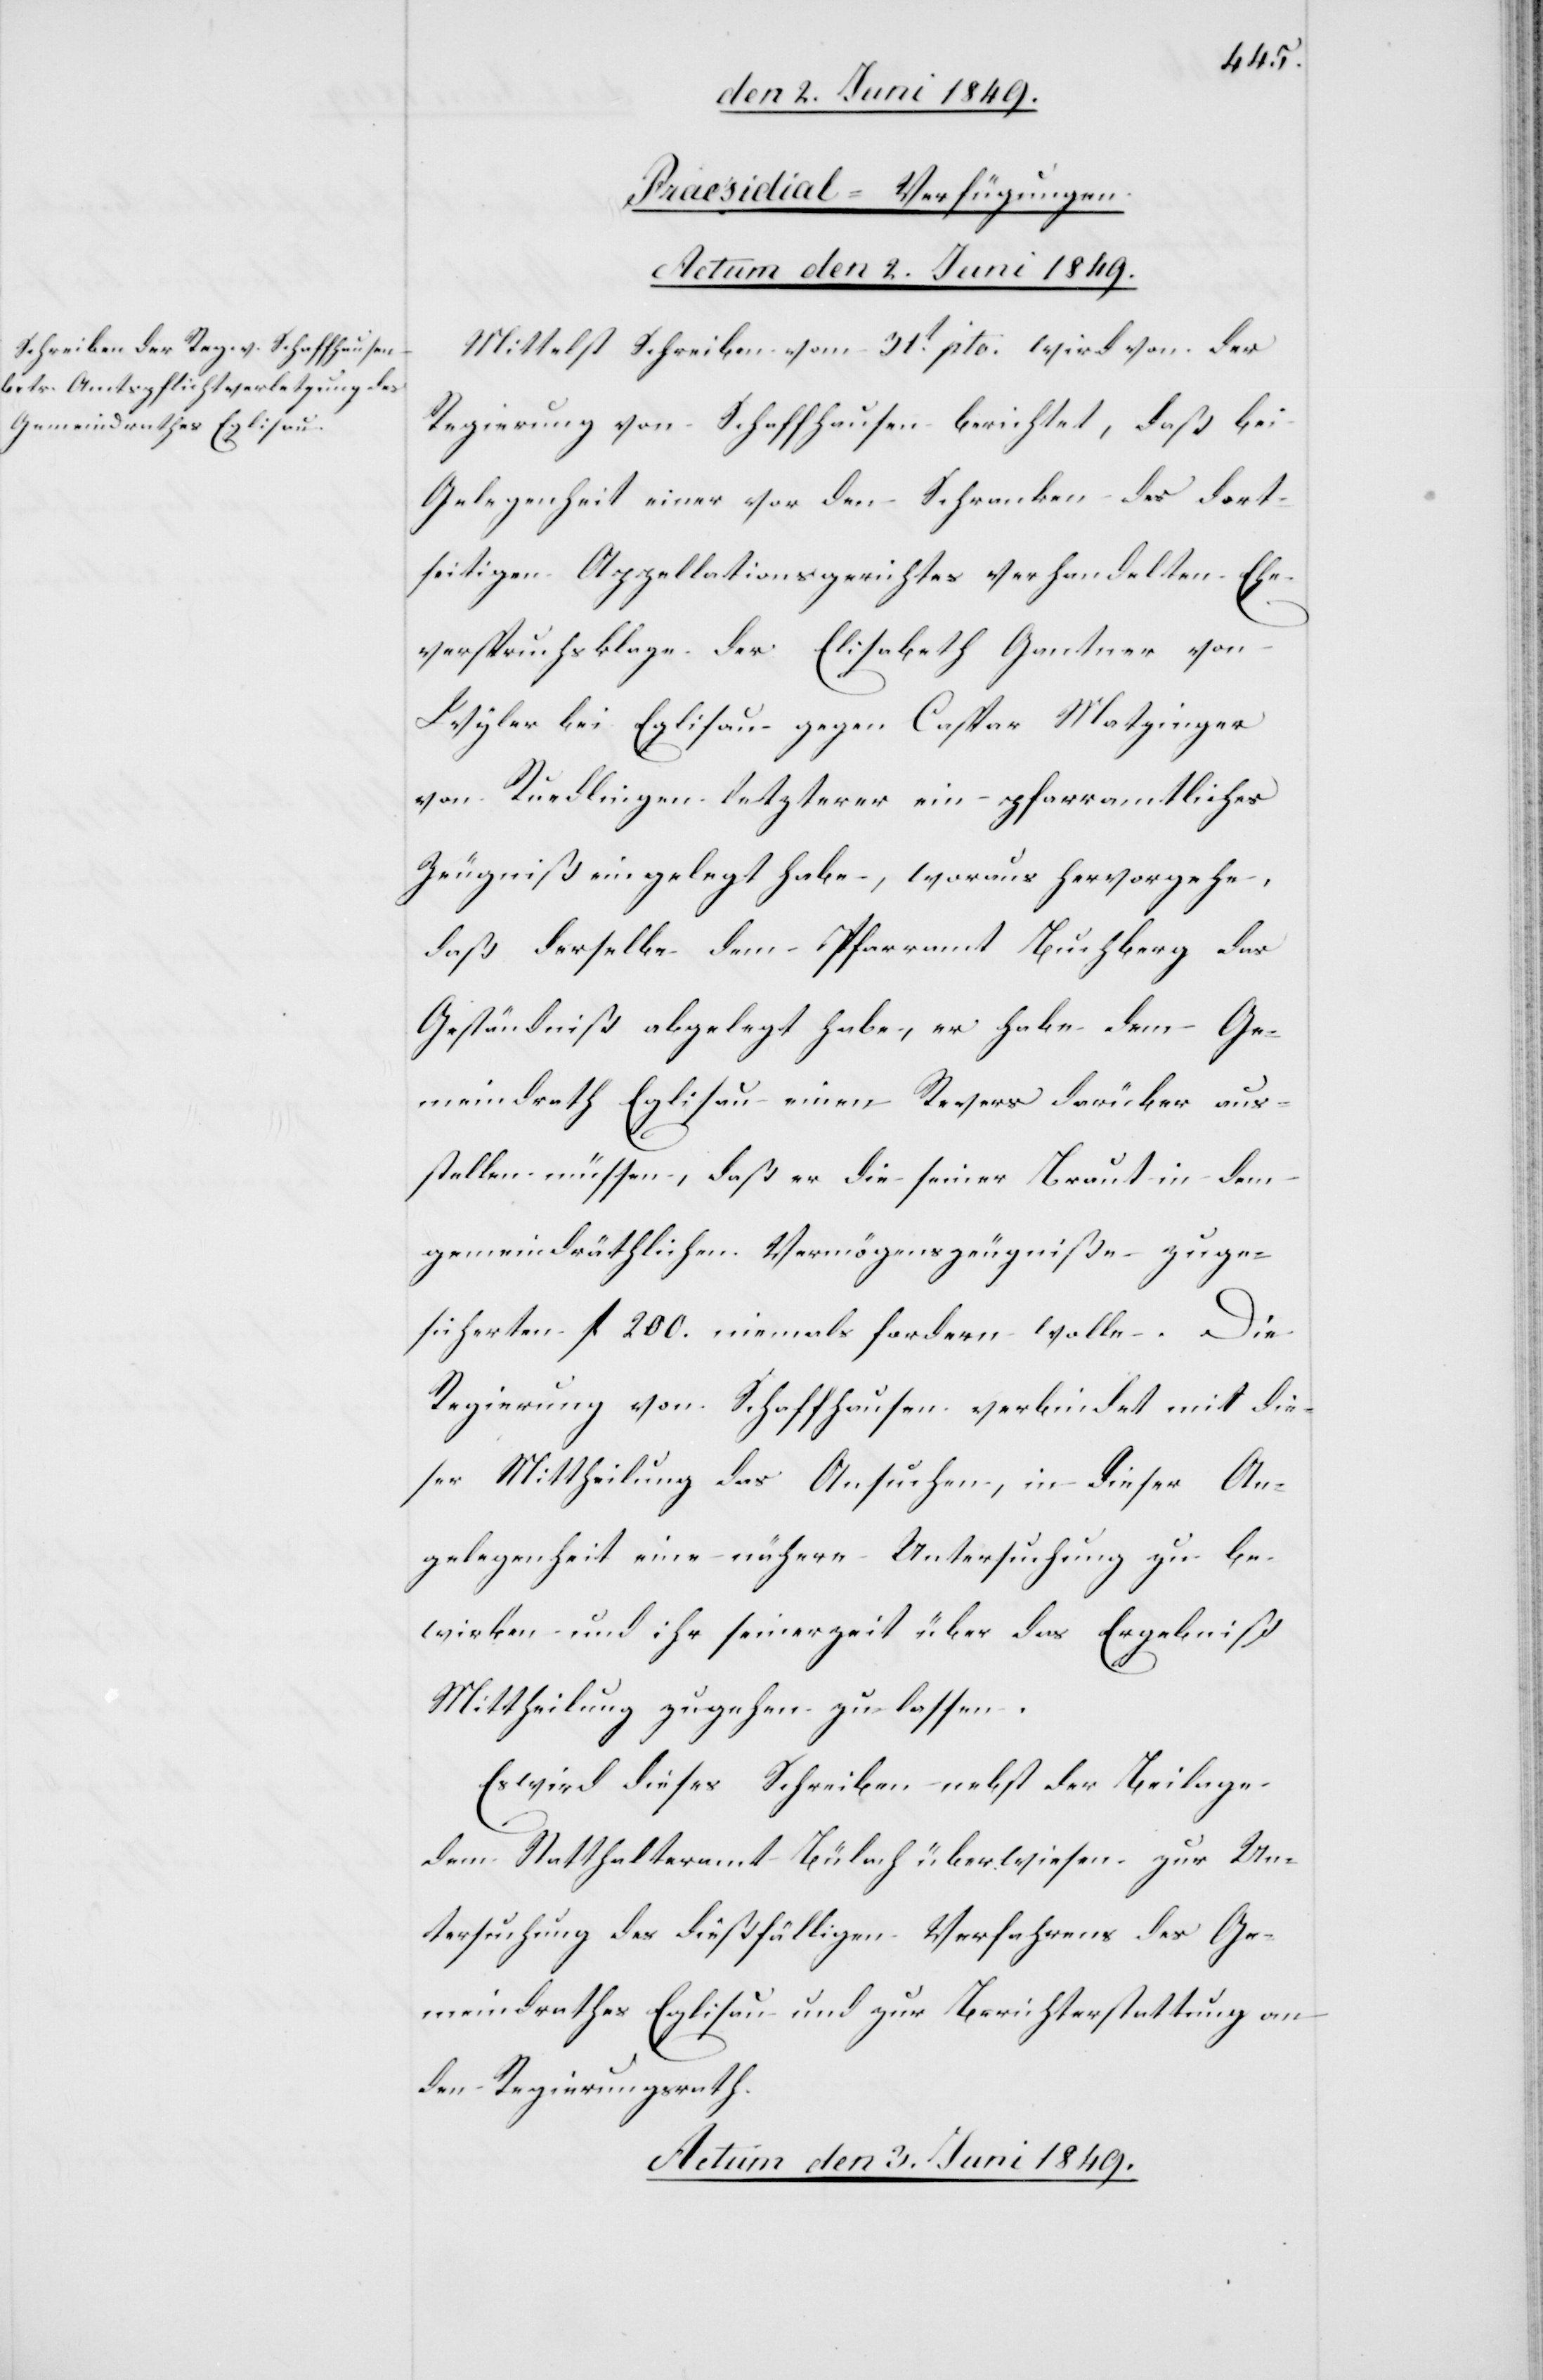
[Praesidial-Verfügungen.]
Actum den 2. Juni 1849.
Mittelst Schreiben vom 31t pto. wird von der
Regierung von Schaffhausen berichtet, daß bei
Gelegenheit einer vor den Schranken des dort¬
seitigen Appellationsgerichtes verhandelten Ehe¬
verspruchsklage der Elisabeth Gantner von
Wyler bei Eglisau gegen Caspar Matzinger
von Ruedlingen letzterer ein pfarramtliches
Zeugniß eingelegt habe, woraus hervorgehe,
daß derselbe dem Pfarramt Buchberg das
Geständniß abgelegt habe, er habe dem Ge¬
meindrath Eglisau einen Revers darüber aus¬
stellen müssen, daß er die seiner Braut in dem
gemeindräthlichen Vermögenszeugniße zuge¬
sicherten fl. 200. niemals fordern wolle. Die
Regierung von Schaffhausen verbindet mit die¬
ser Mittheilung das Ansuchen, in dieser An¬
gelegenheit eine nähere Untersuchung zu be¬
wirken und ihr seinerzeit über das Ergebniß
Mittheilung zugehen zu lassen.
Es wird dieses Schreiben nebst der Beilage
dem Statthalteramt Bülach überwiesen zur Un¬
tersuchung des dießfälligen Verfahrens des Ge¬
meindrathes Eglisau und zur Berichterstattung an
den Regierungsrath.
Actum den 3. Juni 1849.